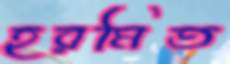
হরমিত